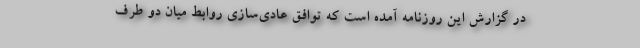
در گزارش این روزنامه آمده است که توافق عادی‌سازی روابط میان دو طرف